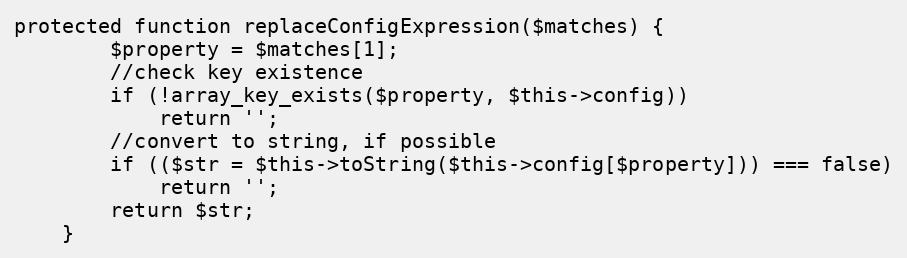
Language: PHP
protected function replaceConfigExpression($matches) {
		$property = $matches[1];
		//check key existence
		if (!array_key_exists($property, $this->config))
			return '';
		//convert to string, if possible
		if (($str = $this->toString($this->config[$property])) === false)
			return '';
		return $str;
	}